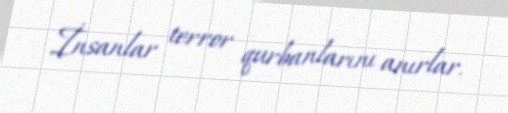
İnsanlar terror qurbanlarını anırlar.